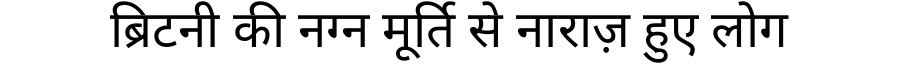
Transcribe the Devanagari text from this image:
ब्रिटनी की नग्न मूर्ति से नाराज़ हुए लोग